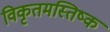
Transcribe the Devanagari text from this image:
विकृतमस्तिष्क